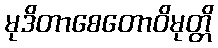
မုဒိတာစေတောဝိမုတ္တိ